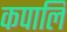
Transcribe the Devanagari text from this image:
कपालि